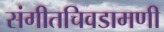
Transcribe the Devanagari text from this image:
संगीतचिवडामणी